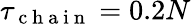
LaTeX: \tau_{\mathrm{~c~h~a~i~n~}}=0.2N